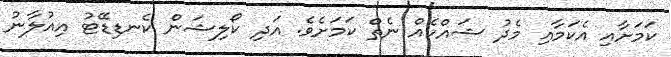
ކަމަށާއި އެކަމާއި މެދު ޝައްކެއް ނެތް ކަމަށެވެ. އަދި ކޯލިޝަން ކެނޑިޑޭޓު އިއުލާނު